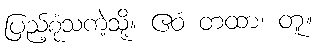
ပြည့်စုံသကဲ့သို့။ ဧဝံ တထာ၊ တူ။